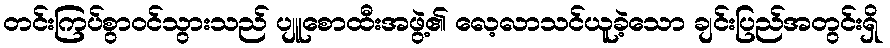
တင်းကြပ်စွာဝင်သွားသည် ပျူစောထီးအဖွဲ့၏ လေ့လာသင်ယူခဲ့သော ချင်းပြည်အတွင်းရှိ